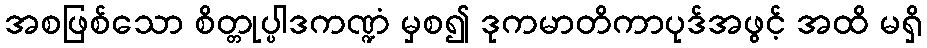
အစဖြစ်သော စိတ္တုပ္ပါဒကဏ္ဍံ မှစ၍ ဒုကမာတိကာပုဒ်အဖွင့် အထိ မရှိ